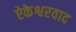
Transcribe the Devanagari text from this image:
ऐकेश्वरवाद